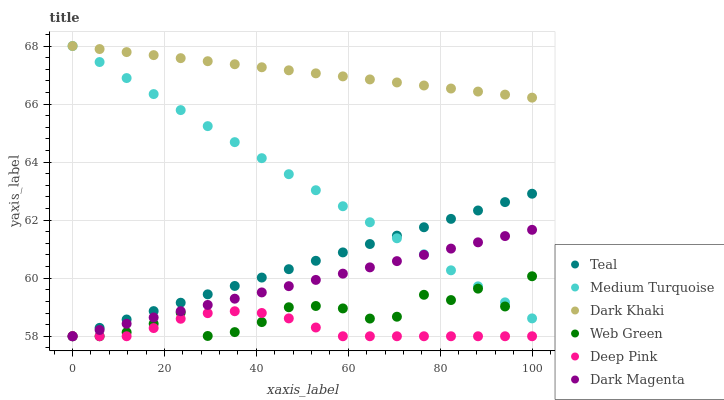
| xaxis_label | Teal | Medium Turquoise | Dark Khaki | Web Green | Deep Pink | Dark Magenta |
 | --- | --- | --- | --- | --- | --- | --- |
 | 0 | 58 | 68 | 68 | 58 | 58 | 58 |
 | 5.88 | 58.3 | 67.4 | 67.9 | 58 | 58 | 58.2 |
 | 11.8 | 58.6 | 66.9 | 67.8 | 58.1 | 58 | 58.4 |
 | 17.6 | 58.9 | 66.3 | 67.7 | 58.4 | 58.3 | 58.6 |
 | 23.5 | 59.2 | 65.8 | 67.6 | 58.8 | 58.6 | 58.9 |
 | 29.4 | 59.4 | 65.2 | 67.5 | 58 | 58.8 | 59.1 |
 | 35.3 | 59.7 | 64.7 | 67.4 | 58.1 | 58.9 | 59.3 |
 | 41.2 | 60 | 64.1 | 67.3 | 58.5 | 58.8 | 59.5 |
 | 47.1 | 60.3 | 63.6 | 67.2 | 59 | 58.6 | 59.7 |
 | 52.9 | 60.6 | 63 | 67.1 | 59 | 58.3 | 59.9 |
 | 58.8 | 60.9 | 62.5 | 67 | 59 | 58 | 60.2 |
 | 64.7 | 61.2 | 61.9 | 66.8 | 58.6 | 58 | 60.4 |
 | 70.6 | 61.5 | 61.4 | 66.7 | 58.7 | 58 | 60.6 |
 | 76.5 | 61.8 | 60.8 | 66.6 | 59.4 | 58 | 60.8 |
 | 82.4 | 62 | 60.3 | 66.5 | 59.2 | 58 | 61 |
 | 88.2 | 62.3 | 59.7 | 66.4 | 59.6 | 58 | 61.2 |
 | 94.1 | 62.6 | 59.2 | 66.3 | 59 | 58 | 61.5 |
 | 100 | 62.9 | 58.6 | 66.2 | 60.1 | 58 | 61.7 |